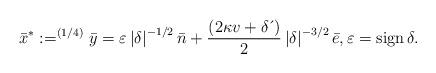
LaTeX: \begin{align*}\bar{x}^{\ast}:=^{\left( 1/4\right) }\bar{y}=\varepsilon \left \vert\delta \right \vert ^{-1/2}\bar{n}+\frac{\left( 2\kappa v+\delta \,\acute{}\, \right) }{2}\left \vert \delta \right \vert ^{-3/2}\bar{e},\varepsilon=\operatorname*{sign}\delta. \end{align*}